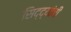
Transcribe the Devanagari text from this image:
सिद्द्यांची